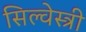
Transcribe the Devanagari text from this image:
सिल्वेस्त्री